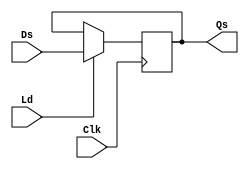
module Ireg(output reg[31:0] Qs, input [31:0] Ds, input Ld, Clk);
	always @(posedge Clk) begin
		if(Ld) Qs = Ds;
	end
endmodule